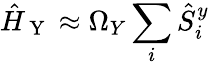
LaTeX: \hat{H}_{\mathrm{~Y~}}\approx\Omega_{Y}\sum_{i}\hat{S}_{i}^{y}